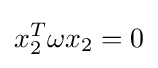
x_{2}^{T}\omega x_{2}=0